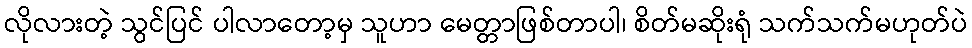
လိုလားတဲ့ သွင်ပြင် ပါလာတော့မှ သူဟာ မေတ္တာဖြစ်တာပါ၊ စိတ်မဆိုးရုံ သက်သက်မဟုတ်ပဲ